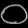
Digit: ၀